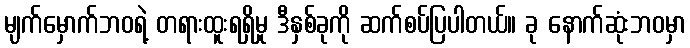
မျက်မှောက်ဘဝရဲ့ တရားထူးရရှိမှု ဒီနှစ်ခုကို ဆက်စပ်ပြပါတယ်။ ခု နောက်ဆုံးဘဝမှာ